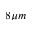
8 \mu m